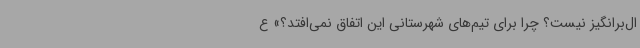
ال‌برانگیز نیست؟ چرا برای تیم‌های شهرستانی این اتفاق نمی‌افتد؟» ع